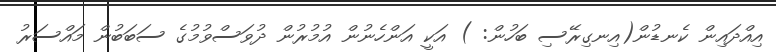
އިއްދައިން ކެނޑުން(އިނގިރޭސި ބަހުން: ) އަކީ އަންހެނުން އުމުރުން ދުވަސްވުމުގެ ސަބަބުން މައްސަރު